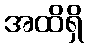
အထိရှိ